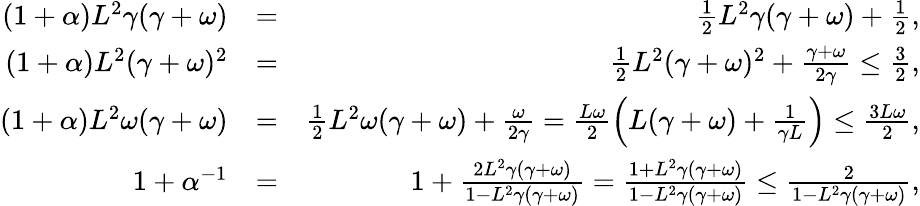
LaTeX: \begin{array}{rlr}{(1+\alpha)L^{2}\gamma(\gamma+\omega)}&{=}&{\frac{1}{2}L^{2}\gamma(\gamma+\omega)+\frac{1}{2},}\\ {(1+\alpha)L^{2}(\gamma+\omega)^{2}}&{=}&{\frac{1}{2}L^{2}(\gamma+\omega)^{2}+\frac{\gamma+\omega}{2\gamma}\leq\frac{3}{2},}\\ {(1+\alpha)L^{2}\omega(\gamma+\omega)}&{=}&{\frac{1}{2}L^{2}\omega(\gamma+\omega)+\frac{\omega}{2\gamma}=\frac{L\omega}{2}\left(L(\gamma+\omega)+\frac{1}{\gamma L}\right)\leq\frac{3L\omega}{2},}\\ {1+\alpha^{-1}}&{=}&{1+\frac{2L^{2}\gamma(\gamma+\omega)}{1-L^{2}\gamma(\gamma+\omega)}=\frac{1+L^{2}\gamma(\gamma+\omega)}{1-L^{2}\gamma(\gamma+\omega)}\leq\frac{2}{1-L^{2}\gamma(\gamma+\omega)},}\end{array}